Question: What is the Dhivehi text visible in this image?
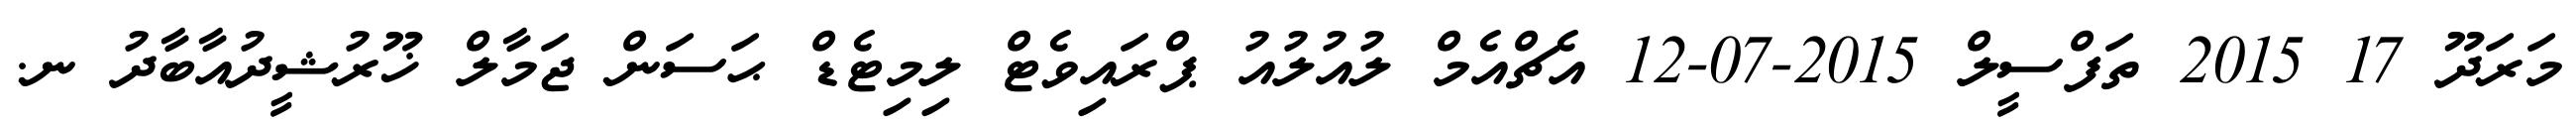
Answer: މަރަދޫ 17 2015 ތަފްސީލް 2015-07-12 އެޗްއެމް ލުއުލުއު ޕްރައިވެޓް ލިމިޓެޑް ޙަސަން ޖަމާލް ޚޫރުޝީދުއާބާދު ނ.